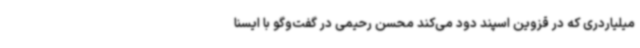
میلیاردری که در قزوین اسپند دود می‌کند محسن رحیمی در گفت‌وگو با ایسنا